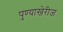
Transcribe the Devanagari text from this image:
पुण्याखेरीज